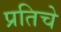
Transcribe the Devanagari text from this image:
प्रतिचे